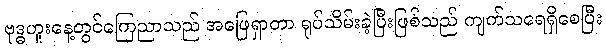
ဗုဒ္ဓဟူးနေ့တွင်ကြေညာသည် အဖြေရှာတာ ရုပ်သိမ်းခဲ့ပြီးဖြစ်သည် ကျက်သရေရှိစေပြီး